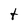
Character: t